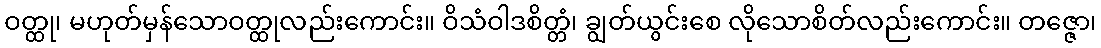
ဝတ္ထု၊ မဟုတ်မှန်သောဝတ္ထုလည်းကောင်း။ ဝိသံဝါဒစိတ္တံ၊ ချွတ်ယွင်းစေ လိုသောစိတ်လည်းကောင်း။ တဇ္ဇော၊